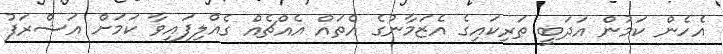
އެހެން ކަމުން އަދަބީ ތަރިކައިގެ އެޒަމާނުގެ އެތައް އެއްޗެއް ގެއްލިފައިވާ ކަމަށް އަޝްރަފު